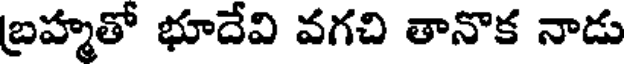
బ్రహ్మతో భూదేవి వగచి తానొక నాడు